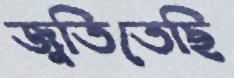
জুতিতেছি